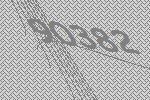
90382